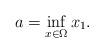
LaTeX: \begin{align*}a=\inf _{x\in\Omega}x_1.\end{align*}